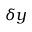
\delta y